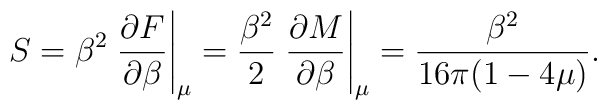
S = \beta^2\left. {\partial F \over \partial \beta} \right|_\mu ={\beta^2\over 2} \left. {\partial M \over \partial \beta} \right|_\mu={\beta^2 \over 16 \pi (1-4\mu)}.